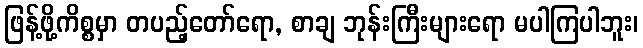
ဖြန့်ဖို့ကိစ္စမှာ တပည့်တော်ရော, စာချ ဘုန်းကြီးများရော မပါကြပါဘူး၊